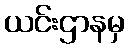
ယင်းဌာနမှ